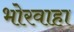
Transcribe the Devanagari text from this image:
भोरवाहा